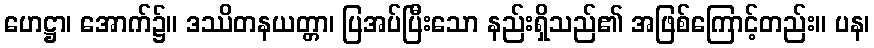
ဟေဋ္ဌာ၊ အောက်၌။ ဒဿိတနယတ္တာ၊ ပြအပ်ပြီးသော နည်းရှိသည်၏ အဖြစ်ကြောင့်တည်း။ ပန၊